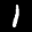
Label: 1